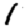
Digit: 1